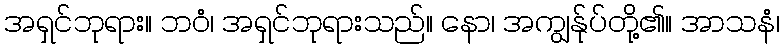
အရှင်ဘုရား။ ဘဝံ၊ အရှင်ဘုရားသည်။ နော၊ အကျွန်ုပ်တို့၏။ အာသနံ၊